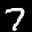
Label: 7